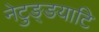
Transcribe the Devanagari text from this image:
नेटुङ्ङयाटि